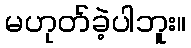
မဟုတ်ခဲ့ပါဘူး။